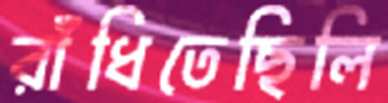
রাঁধিতেছিলি